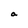
Character: a